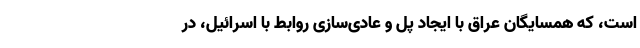
است، که همسایگان عراق با ایجاد پل‌ و عادی‌سازی روابط با اسرائیل، در